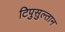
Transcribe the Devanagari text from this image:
टिपुसुल्तान